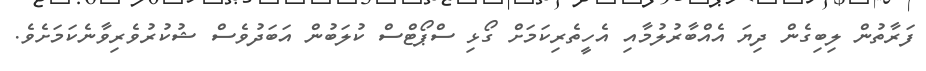
ފަރާތުން ލިބިގެން ދިޔަ އެއްބާރުލުމާއި އެހީތެރިކަމަށް ގޯޅި ސްޕޯޓްސް ކުލަބުން އަބަދުވެސް ޝުކުރުވެރިވާނެކަމަށެވެ.